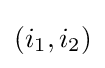
(i_{1},i_{2})